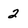
Character: 2